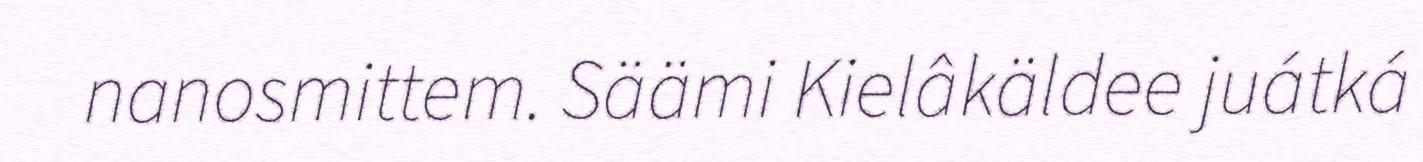
nanosmittem. Säämi Kielâkäldee juátká